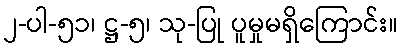
၂-ပါ-၅၁၊ ဋ္ဌ-၅၊ သု-ပြု ပူမှုမရှိကြောင်း။